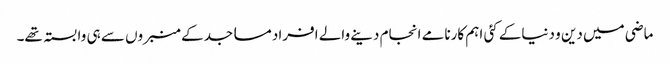
ماضی میں دین و دنیاکے کئی اہم کارنامے انجام دینے والے افراد مساجدکے منبروں سے ہی وابستہ تھے۔